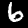
Digit: 6